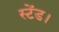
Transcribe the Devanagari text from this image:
स्टेंड।